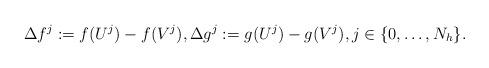
LaTeX: \begin{align*} \Delta f^j:=f(U^j)-f(V^j) , \Delta g^j:=g(U^j)-g(V^j) , j\in\{0,\dots, N_h\}. \end{align*}